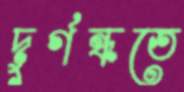
দুর্গন্ধতে